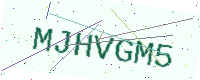
Text: MJHVGM5